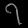
Digit: ၇